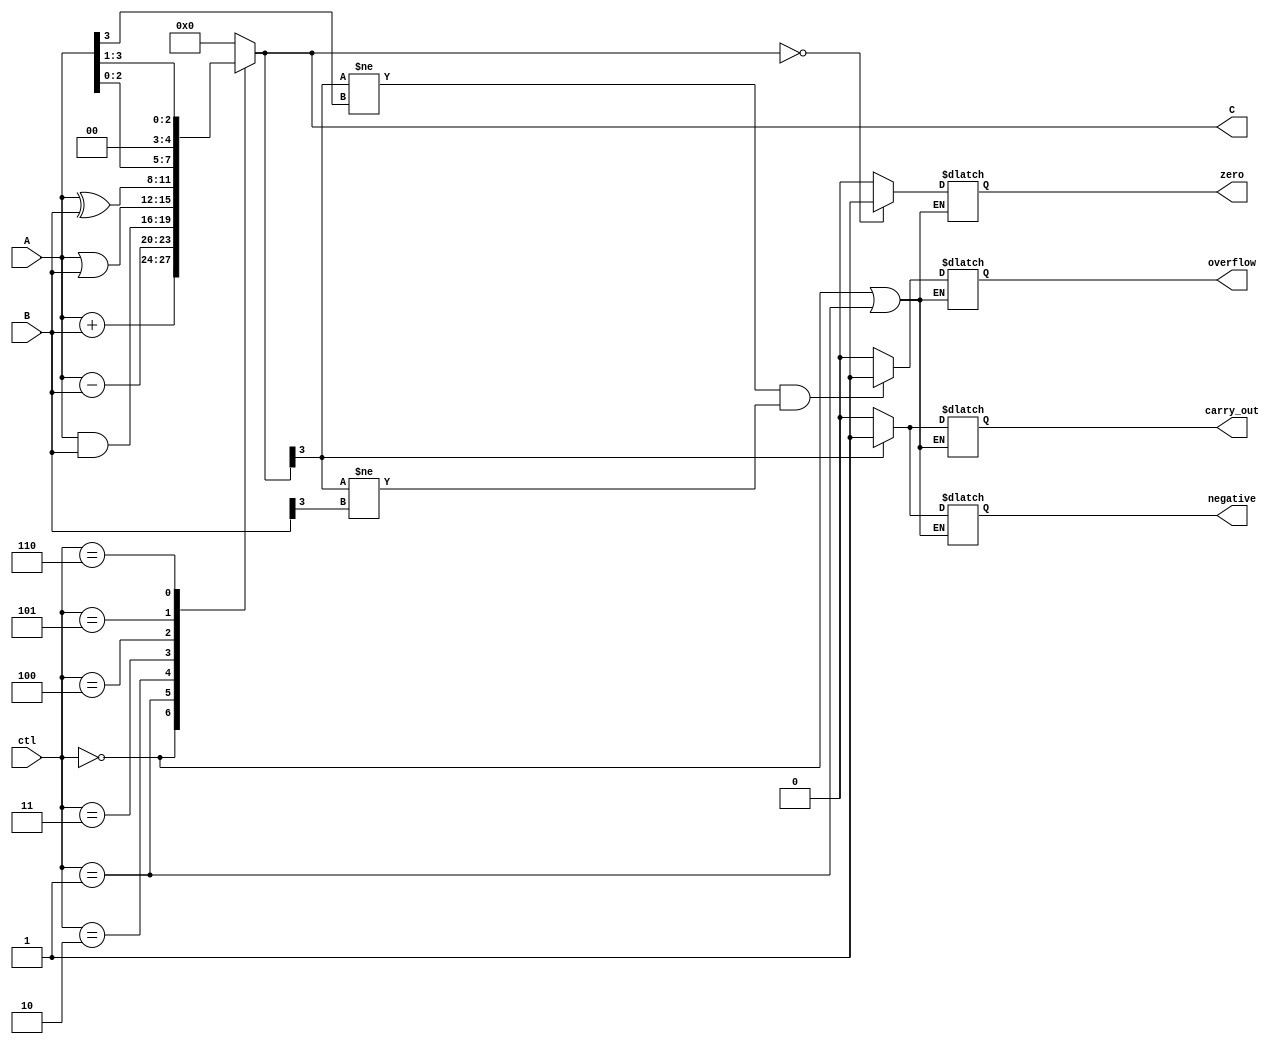
module alu(
    input [3:0] A, B,
    input [2:0] ctl,
    output reg [3:0] C,
    output reg carry_out,
    output reg overflow,
    output reg zero,
    output reg negative
);

always @(*)
begin
    case(ctl)
        3'b000: C = A + B; // Addition
        3'b001: C = A - B; // Subtraction
        3'b010: C = A & B; // AND
        3'b011: C = A | B; // OR
        3'b100: C = A ^ B; // XOR
        3'b101: C = A << 1; // Shift left
        3'b110: C = A >> 1; // Shift right
        default: C = 4'b0;
    endcase

    if(ctl == 3'b000 || ctl == 3'b001)
    begin
        if(C[3] != A[3] && C[3] != B[3])
            overflow = 1;
        else
            overflow = 0;
        
        if(C[3] == 1)
            negative = 1;
        else
            negative = 0;
        
        if(C == 4'b0)
            zero = 1;
        else
            zero = 0;
        
        if(C[3] == 1)
            carry_out = 1;
        else
            carry_out = 0;
    end
end

endmodule